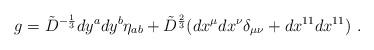
LaTeX: \begin{align*}g={\tilde D}^{-{{1}\over{3}}}dy^a dy^b\eta_{ab}+{\tilde D}^{{{2}\over{3}}}(dx^\mu dx^\nu\delta_{\mu\nu}+dx^{11}dx^{11}) \ . \end{align*}